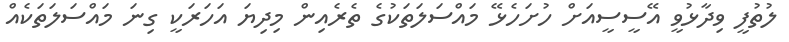
ލުތުފީ ވިދާޅުވީ އޭސީސީއަށް ހުށަހެޅޭ މައްސަލަތަކުގެ ތެރެއިން މިދިޔަ އަހަރަކީ ގިނަ މައްސަލަތަކެއް